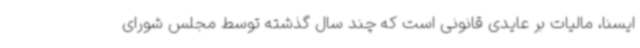
ایسنا، مالیات بر عایدی قانونی است که چند سال گذشته توسط مجلس شورای